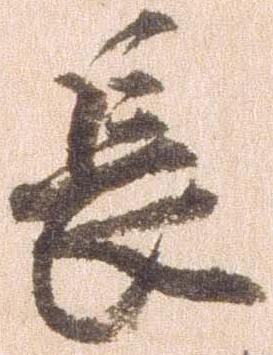
長